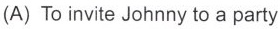
(A) To invite Johnny to a party